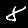
Label: 8